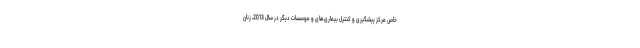
خاص مرکز پیشگیری و کنترل بیماری‌های و موسسات دیگر در سال 2013، زنان